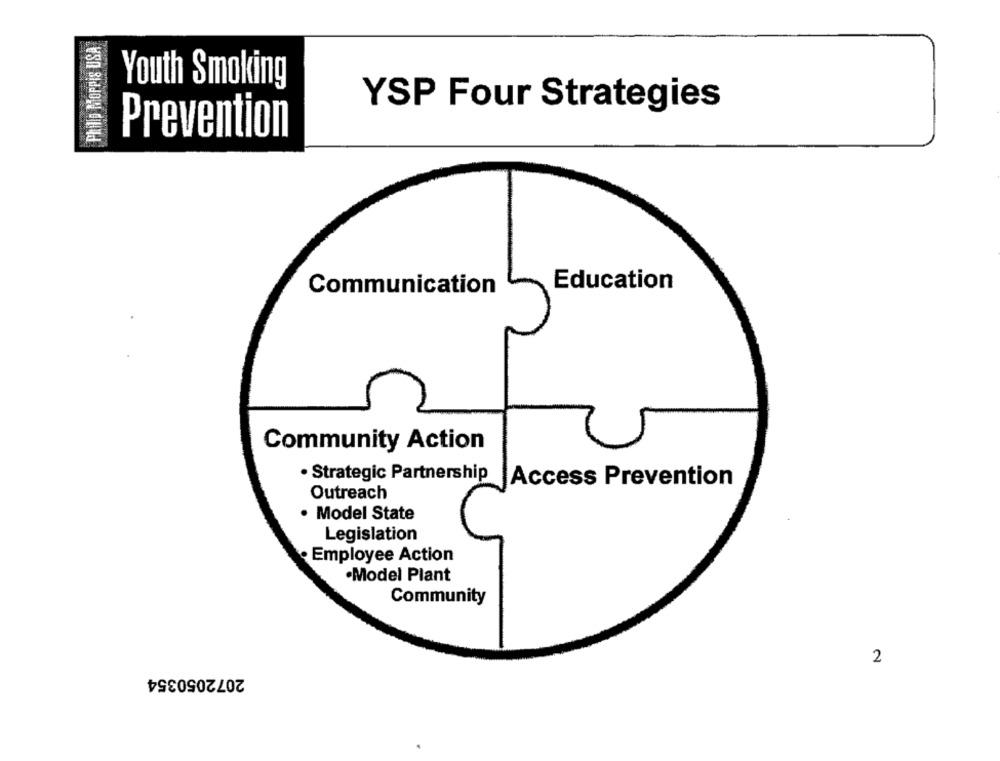
Philip Morris USA
Youth Smoking
YSP Four Strategies
Prevention
Education
Communication
Community Action
· Strategic Partnership
Access Prevention
Outreach
· Model State
Legislation
Employee Action
·Model Plant
Community
2
2072050354